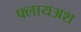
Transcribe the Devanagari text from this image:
फ्लायअश